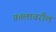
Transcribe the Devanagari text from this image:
प्रतलावरील